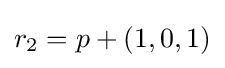
r_{2}=p+(1,0,1)